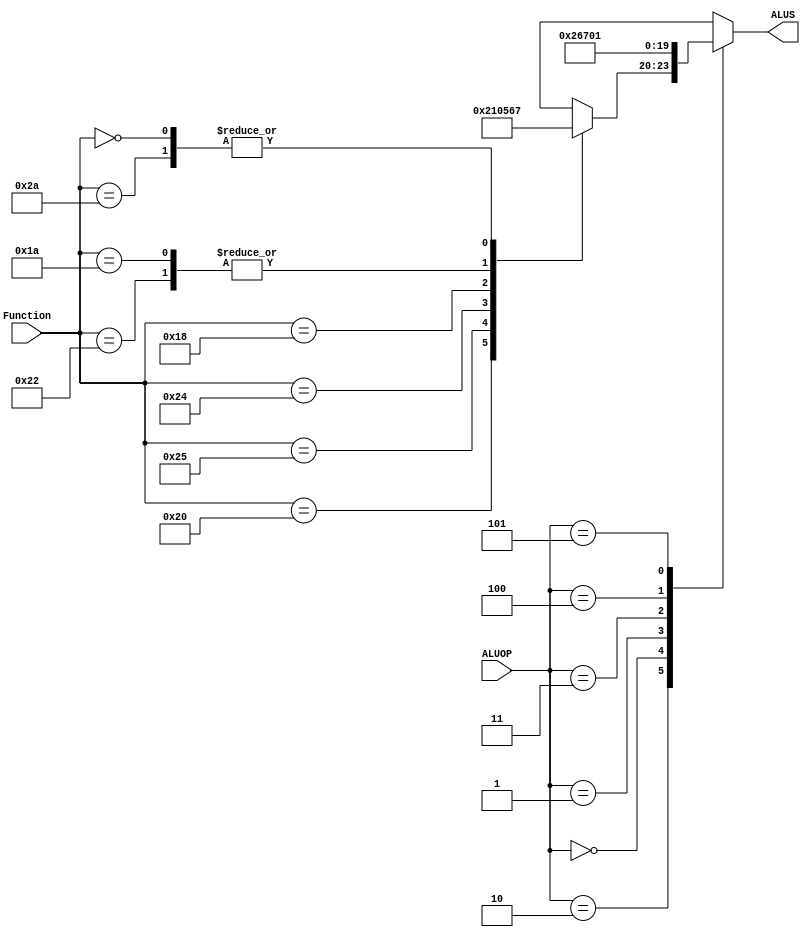
`timescale 1ns/1ns

module ALU_CONTROL
(
	input [5:0]Function,
	input [2:0]ALUOP,
	output reg [3:0]ALUS
);
always @*
begin
	case(ALUOP)

		// TIPO-R
		3'b010:
		begin
			case(Function)
				6'b100000: // ADD
				begin
					ALUS <= 4'b0010;
				end

				6'b100010: // SUB
				begin
					ALUS <= 4'b0110;
				end

				6'b100101: // OR
				begin
					ALUS <= 4'b0001;
				end

				6'b100100: // AND
				begin
					ALUS <= 4'b0000;
				end

				6'b101010: // SLT
				begin
					ALUS <= 4'b0111;
				end

				6'b011000: // MULT
				begin
					ALUS <= 4'b0101;
				end

				6'b011010: // DIV
				begin
					ALUS <= 4'b0110;
				end

				6'b000000: // NOP
				begin
					ALUS <= 4'b0111;
				end

				default:
				begin
					ALUS <= 4'bx;
				end
			endcase 
		end

		// LW / SW
		3'b000:
		begin
			ALUS <= 4'b0010; // ADD
		end

		// BRANCH EQUAL
		3'b001:
		begin
			ALUS <= 4'b0110; // SUB
		end

		// SLTI
		3'b011:
		begin
			ALUS <= 4'b0111; // SLT
		end

		// ANDI
		3'b100:
		begin
			ALUS <= 4'b0000; // AND
		end

		// ORI
		3'b101:
		begin
			ALUS <= 4'b0001; // OR
		end

		default:
		begin
			ALUS <= 4'bx;
		end
	endcase
end

endmodule